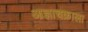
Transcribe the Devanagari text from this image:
आज्ञाचक्राला